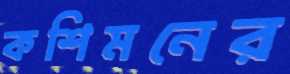
কশিমনের